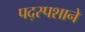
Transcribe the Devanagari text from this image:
पद्स्पशाने